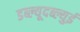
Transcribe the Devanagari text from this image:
डब्ल्यूदब्ल्युई